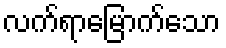
လက်ရာမြောက်သော